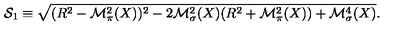
{ \cal S } _ { 1 } \equiv \sqrt { ( R ^ { 2 } - { \cal M } _ { \pi } ^ { 2 } ( X ) ) ^ { 2 } - 2 { \cal M } _ { \sigma } ^ { 2 } ( X ) ( R ^ { 2 } + { \cal M } _ { \pi } ^ { 2 } ( X ) ) + { \cal M } _ { \sigma } ^ { 4 } ( X ) } .